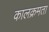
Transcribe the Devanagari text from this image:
कालक्रमता